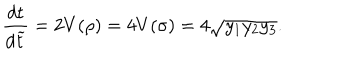
LaTeX: \frac { d t } { d \widetilde { t } } = 2 V ( \rho ) = 4 V ( \sigma ) = 4 \sqrt { y _ { 1 } y _ { 2 } y _ { 3 } } .